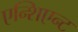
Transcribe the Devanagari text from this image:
एन्शिएन्ट